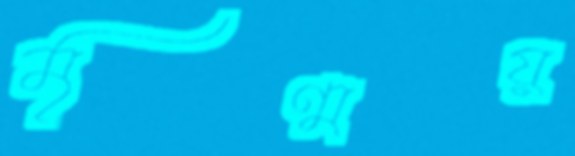
মৃণ্ময়